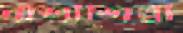
বাঁশীশিল্পী